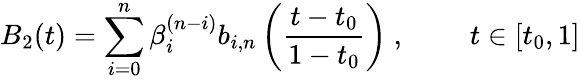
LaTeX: B_{2}(t)=\sum_{i=0}^{n}\beta_{i}^{(n-i)}b_{i,n}\left({\frac{t-t_{0}}{1-t_{0}}}\right){\mathrm{~,~}}\qquad t\in[t_{0},1]